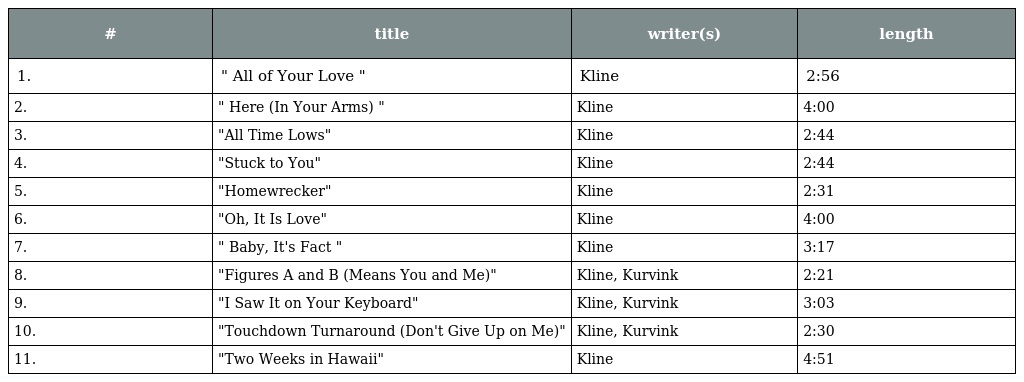
| # | title | writer(s) | length |
 | --- | --- | --- | --- |
 | 1. | " All of Your Love " | Kline | 2:56 |
 | 2. | " Here (In Your Arms) " | Kline | 4:00 |
 | 3. | "All Time Lows" | Kline | 2:44 |
 | 4. | "Stuck to You" | Kline | 2:44 |
 | 5. | "Homewrecker" | Kline | 2:31 |
 | 6. | "Oh, It Is Love" | Kline | 4:00 |
 | 7. | " Baby, It's Fact " | Kline | 3:17 |
 | 8. | "Figures A and B (Means You and Me)" | Kline, Kurvink | 2:21 |
 | 9. | "I Saw It on Your Keyboard" | Kline, Kurvink | 3:03 |
 | 10. | "Touchdown Turnaround (Don't Give Up on Me)" | Kline, Kurvink | 2:30 |
 | 11. | "Two Weeks in Hawaii" | Kline | 4:51 |